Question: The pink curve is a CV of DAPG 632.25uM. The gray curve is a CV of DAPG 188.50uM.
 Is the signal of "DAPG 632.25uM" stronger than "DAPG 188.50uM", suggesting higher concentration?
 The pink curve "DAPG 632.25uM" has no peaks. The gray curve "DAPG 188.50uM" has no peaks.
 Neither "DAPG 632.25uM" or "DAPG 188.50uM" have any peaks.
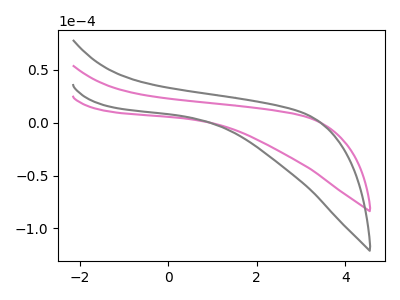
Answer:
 <answer>I cant tell if "DAPG 632.25uM" or "DAPG 188.50uM" has higher concentration.</answer>
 <eval>mixed_concentration</eval>